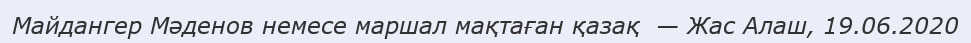
Майдангер Мәденов немесе маршал мақтаған қазақ  — Жас Алаш, 19.06.2020